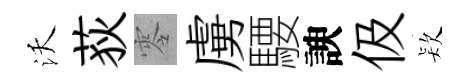
沃荻零虜騕諛伋𣣇